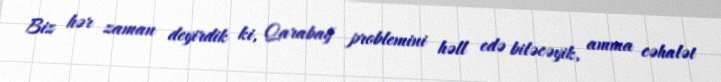
Biz hər zaman deyirdik ki, Qarabağ problemini həll edə biləcəyik, amma cəhalət